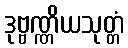
ဒုဗ္ဗဏ္ဏိယသုတ္တံ